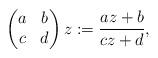
LaTeX: \begin{align*}\begin{pmatrix}a & b \\c & d\end{pmatrix} z := \frac{az + b}{cz + d},\end{align*}